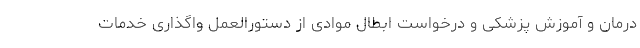
درمان و آموزش پزشکی و درخواست ابطال موادی از دستورالعمل واگذاری خدمات